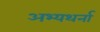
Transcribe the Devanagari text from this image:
अभ्यथर्ना